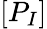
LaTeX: [P_{I}]